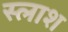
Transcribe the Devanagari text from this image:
स्लाश